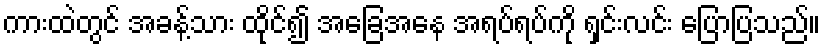
ကားထဲတွင် အခန့်သား ထိုင်၍ အခြေအနေ အရပ်ရပ်ကို ရှင်းလင်း ပြောပြသည်။